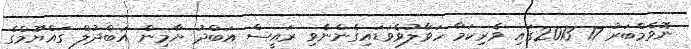
ނޮވެމްބަރު 17 2013ގައި ވެރިކަމާ ހަވާލުވެވަޑައިގެންނެވި ރައީސް އަބްދު ޔާމިން އަބްދުލް ގައްޔޫމްގެ